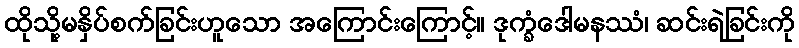
ထိုသို့မနှိပ်စက်ခြင်းဟူသော အကြောင်းကြောင့်။ ဒုက္ခံဒေါမနဿံ၊ ဆင်းရဲခြင်းကို